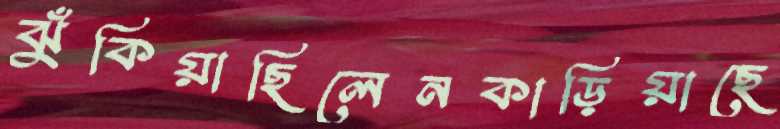
ঝুঁকিয়াছিলেনকাড়িয়াছে